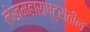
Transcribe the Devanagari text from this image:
लेखमहाराष्ट्रातील